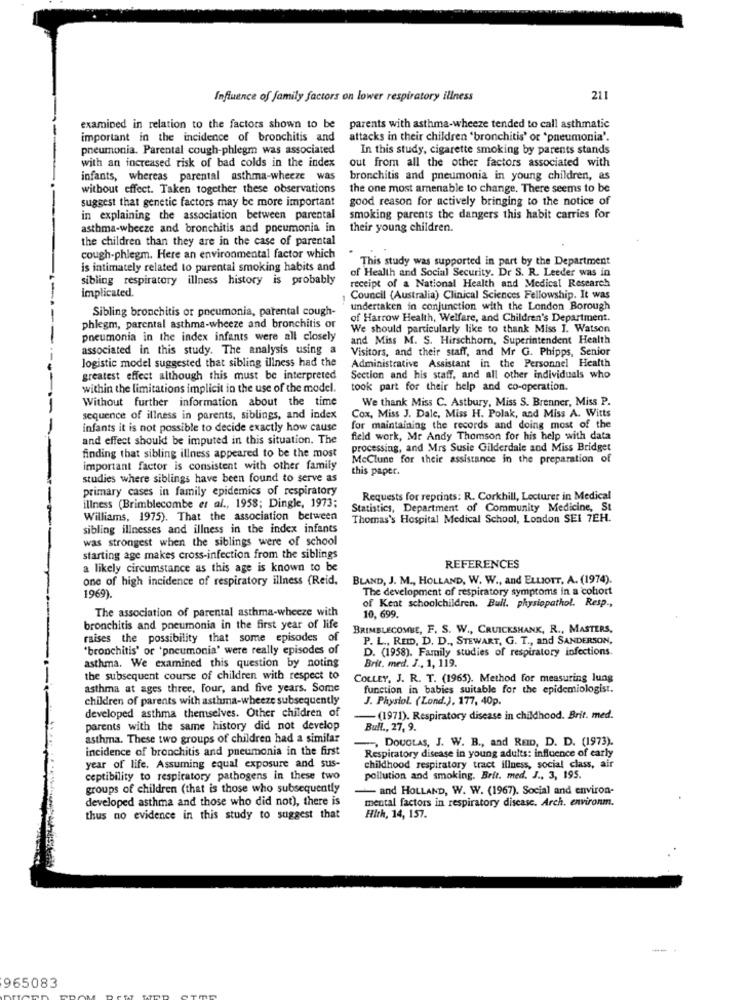
Influence of family factors on lower respiratory illness
211
examined in relation to the factors shown to be
parents with asthma-wheeze tended to call asthmatic
important in the incidence of bronchitis and
attacks in their children "bronchitis' or 'pneumonia'.
pneumonia. Parental cough-phlegm was associated
In this study, cigarette smoking by parents stands
with an increased risk of bad colds in the index
out from all the other factors associated with
infants, whereas parental asthma-wheeze was
bronchitis and pneumonia in young children, as
without effect. Taken together these observations
the one most amenable to change. There seems to be
suggest that genetic factors may be more important
good reason for actively bringing to the notice of
in explaining the association between parental
smoking parents the dangers this habit carries for
asthma-wheeze and bronchitis and pneumonia in
their young children.
the children than they are in the case of parental
cough-phlegm. Here an environmental factor which
This study was supported in part by the Department
is intimately related to parental smoking habits and
of Health and Social Security. Dr S. R. Leeder was in
sibling respiratory illness history is probably
-
implicated.
receipt of a National Health and Medical Research
Council (Australia) Clinical Sciences Fellowship. It was
Sibling bronchitis or pneumonia, parental cough-
undertaken in conjunction with the London Borough
of Harrow Health, Welfare, and Children's Department.
phlegm, parental asthma-wheeze and bronchitis or
We should particularly like to thank Miss I. Watson
pneumonia in the index infants were all closely
and Miss M. S. Hirschhorn, Superintendent Health
associated in this study. The analysis using a
Visitors, and their staff, and Mr G. Phipps, Senior
logistic model suggested that sibling illness had the
Administrative Assistant in the Personnel Health
greatest effect although this must be interpreted
Section and his staff, and all other individuals who
within the limitations implicit in the use of the model.
took part for their help and co-operation.
Without further information about the time
We thank Miss C. Astbury, Miss S. Brenner, Miss P.
sequence of illness in parents, siblings, and index
Cox, Miss J. Dale, Miss H. Polak, and Miss A. Witts
infants it is not possible to decide exactly how cause
for maintaining the records and doing most of the
and effect should be imputed in this situation. The
field work, Mr Andy Thomson for his help with data
processing, and Mrs Susie Gilderdale and Miss Bridget
finding that sibling illness appeared to be the most
McClune for their assistance in the preparation of
important factor is consistent with other family
this paper.
studies where siblings have been found to serve as
primary cases in family epidemics of respiratory
Requests for reprints: R. Corkhill, Lecturer in Medical
illness (Brimblecombe et al ., 1958; Dingle, 1973;
Statistics, Department of Community Medicine, St
Williams, 1975). That the association between
Thomas's Hospital Medical School, London SEI 7EH.
sibling illnesses and illness in the index infants
was strongest when the siblings were of school
starting age makes cross-infection from the siblings
a likely circumstance as this age is known to be
REFERENCES
one of high incidence of respiratory illness (Reid.
BLAND, J. M ., HOLLAND, W. W ., and ELLIOTT, A. (1974).
The development of respiratory symptoms in a cohort
1969).
of Keat schoolchildren. Bull. physiopathol. Resp .,
The association of parental asthma-wheeze with
10, 699.
bronchitis and pneumonia in the first year of life
BRIMBLECOMBE, F. S. W ., CRUICKSHANK, R ., MASTERS,
raises the possibility that some episodes of
P. L ., REID, D. D ., STEWART, G. T ., and SANDERSON,
"bronchitis' or 'pneumonia' were really episodes of
D. (1958). Family studies of respiratory infections.
asthma. We examined this question by noting
Brit, med. J ., 1, 119.
the subsequent course of children with respect to
COLLEY, J. R. T. (1965). Method for measuring lung
asthma at ages three, four, and five years. Some
function in babies suitable for the epidemiologist.
children of parents with asthma-wheeze subsequently
J. Physiol. (Lond.), 177, 40p.
developed asthma themselves. Other children of
-(1971). Respiratory disease in childhood. Brit. med.
parents with the same history did not develop
Bull ., 27, 9.
asthma. These two groups of children had a similar
incidence of bronchitis and pneumonia in the first
DOUGLAS, J. W. B ., and REID, D. D. (1973).
Respiratory disease in young adults: influence of early
year of life. Assuming equal exposure and sus-
childhood respiratory tract illness, social class, air
ceptibility to respiratory pathogens in these two
pollution and smoking. Brit. med. J ., 3, 195.
groups of children (that is those who subsequently
- and HOLLAND, W. W. (1967). Social and environ-
developed asthma and those who did not), there is
mental factors in respiratory disease. Arch. environm.
thus no evidence in this study to suggest that
Hith, 14, 157.
--
965083